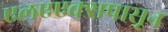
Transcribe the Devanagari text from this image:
एलएएक्सपासून